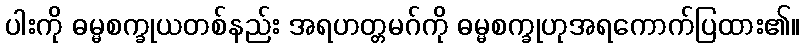
ပါးကို ဓမ္မစက္ခုယတစ်နည်း အရဟတ္တမဂ်ကို ဓမ္မစက္ခုဟုအရကောက်ပြထား၏။